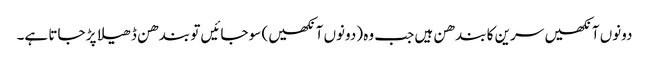
دونوں آنکھیں سرین کا بندھن ہیں جب وہ (دونوں آنکھیں) سو جائیں تو بندھن ڈھیلا پڑ جاتا ہے۔